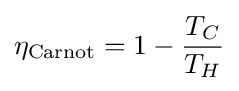
\eta _{\text{Carnot}}=1-{\frac {T_{C}}{T_{H}}}